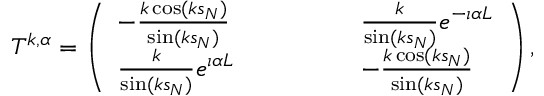
\begin{array} { r } { T ^ { k , \alpha } = \left( \begin{array} { l l l l l l } { - \frac { k \cos ( k s _ { N } ) } { \sin ( k s _ { N } ) } } & { } & { } & { } & { } & { \frac { k } { \sin ( k s _ { N } ) } e ^ { - \i \alpha L } } \\ { \frac { k } { \sin ( k s _ { N } ) } e ^ { \i \alpha L } } & { } & { } & { } & { } & { - \frac { k \cos ( k s _ { N } ) } { \sin ( k s _ { N } ) } } \end{array} \right) , } \end{array}